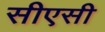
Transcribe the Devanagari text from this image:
सीएसी